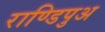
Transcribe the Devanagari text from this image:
राण्डिपुअ